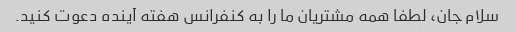
سلام جان، لطفا همه مشتریان ما را به کنفرانس هفته آینده دعوت کنید.